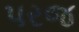
પરજ